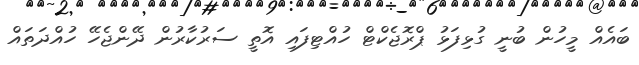
ބައެއް މީހުން ބުނީ ގުޅިފަޅު ޕްރޮޖެކްޓް ހުއްޓިފައި އޮތީ ސަރުކާރުން ދޭންޖެހޭ ހުއްދަތައް